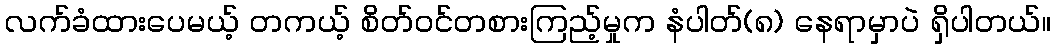
လက်ခံထားပေမယ့် တကယ့် စိတ်ဝင်တစားကြည့်မှုက နံပါတ်(၈) နေရာမှာပဲ ရှိပါတယ်။